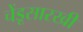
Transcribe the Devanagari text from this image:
चेंडूसारखी